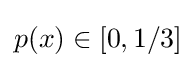
p(x)\in [0,1/3]